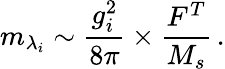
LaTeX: m_{\lambda_{i}}\sim\frac{g_{i}^{2}}{8\pi}\times\frac{F^{T}}{M_{s}}\, .